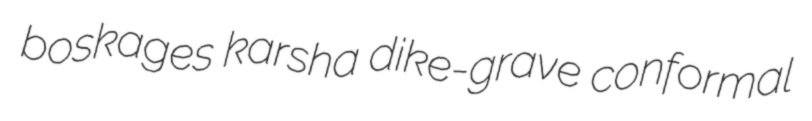
boskages karsha dike-grave conformal